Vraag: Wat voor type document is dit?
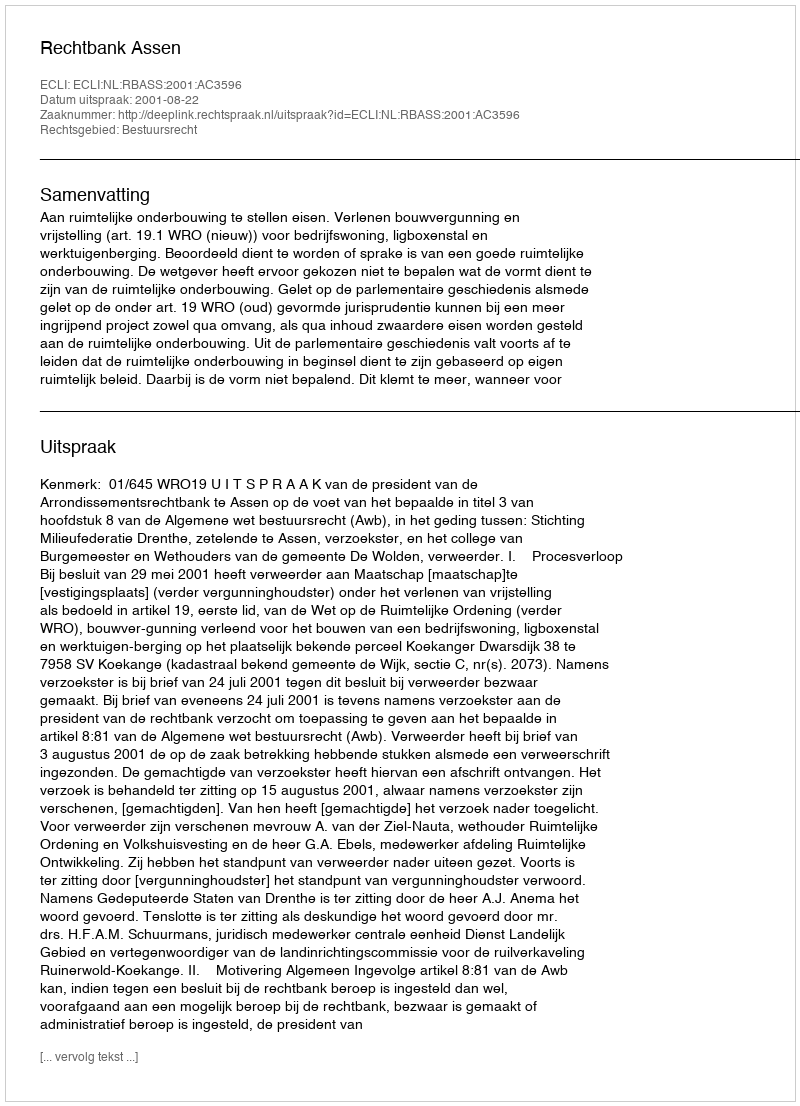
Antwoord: Uitspraak